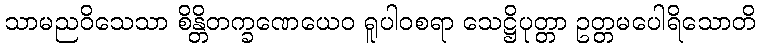
သာမညဝိသေသာ စိန္တိတက္ခဏေယေဝ ရူပါဝစရာ သေဋ္ဌိပုတ္တာ ဥတ္တမပေါရိသောတိ